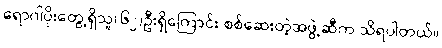
ရောဂါပိုးတွေ့ရှိသူ(၆၂)ဦးရှိကြောင်း စစ်ဆေးတဲ့အဖွဲ့ဆီက သိရပါတယ်။